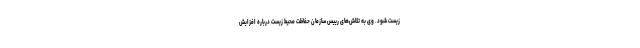
زیست شود. وی به تلاش‌های رییس سازمان حفاظت محیط زیست درباره افزایش